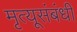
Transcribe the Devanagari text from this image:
मृत्यूसंबंधी